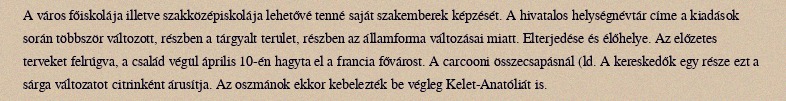
A város főiskolája illetve szakközépiskolája lehetővé tenné saját szakemberek képzését. A hivatalos helységnévtár címe a kiadások során többször változott, részben a tárgyalt terület, részben az államforma változásai miatt. Elterjedése és élőhelye. Az előzetes terveket felrúgva, a család végül április 10-én hagyta el a francia fővárost. A carcooni összecsapásnál (ld. A kereskedők egy része ezt a sárga változatot citrinként árusítja. Az oszmánok ekkor kebelezték be végleg Kelet-Anatóliát is.